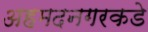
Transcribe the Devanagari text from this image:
अहमदनगरकडे